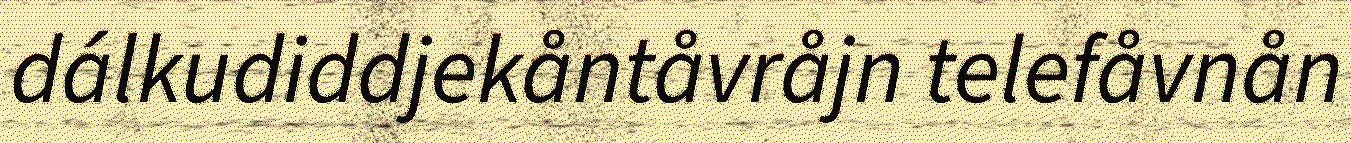
dálkudiddjekåntåvråjn telefåvnån